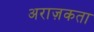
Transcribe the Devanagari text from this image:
अराज़कता